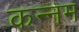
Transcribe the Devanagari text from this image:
कन्नम